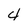
Character: 4